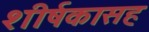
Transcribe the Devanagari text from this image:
शीर्षकासह